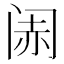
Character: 𬮨